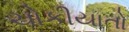
ચોકીયાતો